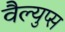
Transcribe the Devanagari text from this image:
वैल्युप्स